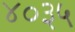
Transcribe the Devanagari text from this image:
४०३५